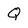
Character: Q